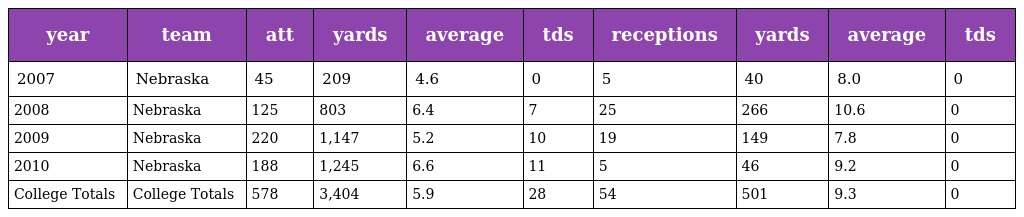
| year | team | att | yards | average | tds | receptions | yards | average | tds |
 | --- | --- | --- | --- | --- | --- | --- | --- | --- | --- |
 | 2007 | Nebraska | 45 | 209 | 4.6 | 0 | 5 | 40 | 8.0 | 0 |
 | 2008 | Nebraska | 125 | 803 | 6.4 | 7 | 25 | 266 | 10.6 | 0 |
 | 2009 | Nebraska | 220 | 1,147 | 5.2 | 10 | 19 | 149 | 7.8 | 0 |
 | 2010 | Nebraska | 188 | 1,245 | 6.6 | 11 | 5 | 46 | 9.2 | 0 |
 | College Totals | College Totals | 578 | 3,404 | 5.9 | 28 | 54 | 501 | 9.3 | 0 |